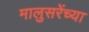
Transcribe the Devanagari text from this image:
मालुसरेंच्या